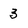
Character: 3